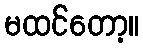
မထင်တော့။